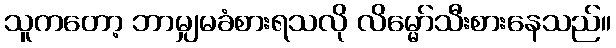
သူကတော့ ဘာမျှမခံစားရသလို လိမ္မော်သီးစားနေသည်။